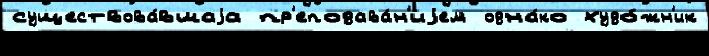
существова́вшаjа пр'еподава́н'иjем одна́ко худо́жн'ик